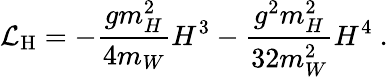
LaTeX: {\mathcal{L}}_{\mathrm{H}}=-{\frac{gm_{H}^{2}}{4m_{W}}}H^{3}-{\frac{g^{2}m_{H}^{2}}{32m_{W}^{2}}}H^{4}~.